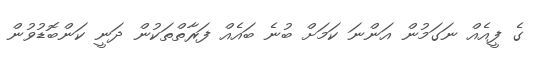
ގެ ފީއެއް ނަގަމުން އަންނަ ކަމަށް ބުނެ ބައެއް ފަރާތްތަކުން ދަނީ ކަންބޮޑުވުން